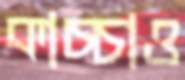
কাচ্চাও